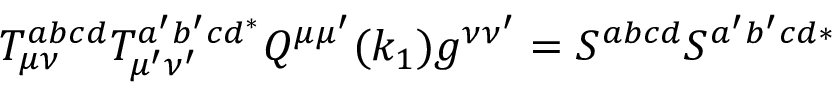
T _ { \mu \nu } ^ { a b c d } T _ { \mu ^ { \prime } \nu ^ { \prime } } ^ { a ^ { \prime } b ^ { \prime } c d ^ { * } } Q ^ { \mu \mu ^ { \prime } } ( k _ { 1 } ) g ^ { \nu \nu ^ { \prime } } = S ^ { a b c d } S ^ { a ^ { \prime } b ^ { \prime } c d * }